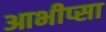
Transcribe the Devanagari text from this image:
आभीप्सा